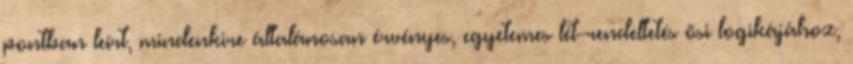
pontban leírt, mindenkire általánosan érvényes, egyetemes lét-rendeltetés õsi logikájához,